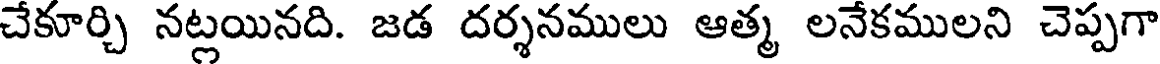
చేకూర్చి నట్లయినది. జడ దర్శనములు ఆత్మ లనేకములని చెప్పగా